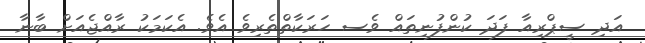
އަދި ސީޕްރިއާ ފަދަ ކުންފުނިތައް ވެސ ހަރަކާތްތެރިވެ އެވެ. އެކަމަކު ރާއްޖެއަށް ބާނާ